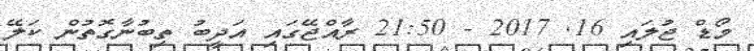
މޯޑް ޖުލައި 16